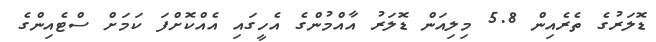
ޑޮލަރުގެ ތެރެއިން 5.8 މިލިއަން ޑޮލަރު އާއްމުންގެ އެހީގައި އެއްކޮށްފަ ކަމަށް ސްޓެއިންގެ